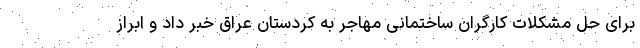
برای حل مشکلات کارگران ساختمانی مهاجر به کردستان عراق خبر داد و ابراز